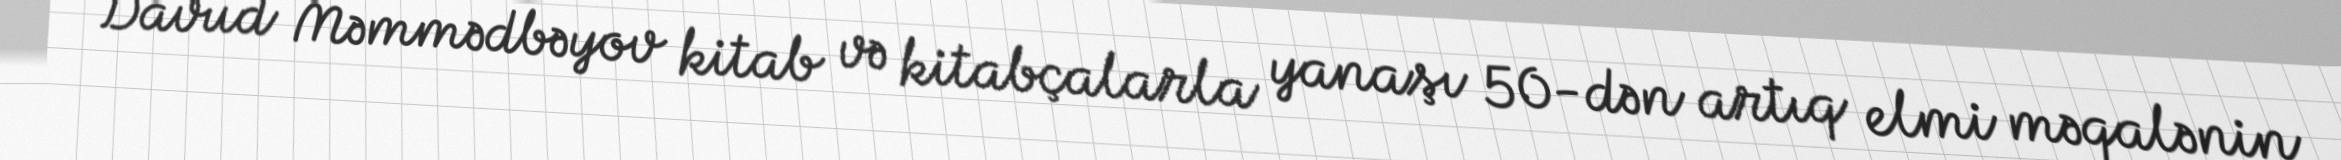
Davud Məmmədbəyov kitab və kitabçalarla yanaşı 50-dən artıq elmi məqalənin